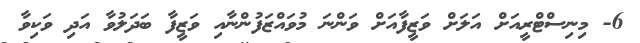
6- މިނިސްޓްރީއަށް އަލަށް ވަޒީފާއަށް ވަންނަ މުވައްޒަފުންނާއި ވަޒީފާ ބަދަލުވާ އަދި ވަކިވާ